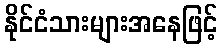
နိုင်ငံသားများအနေဖြင့်